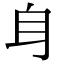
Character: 𨈑